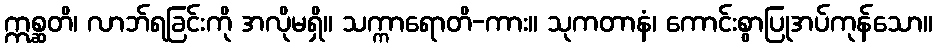
ဣစ္ဆတိ၊ လာဘ်ရခြင်းကို အလိုမရှိ။ သက္ကာရောတိ-ကား။ သုကတာနံ၊ ကောင်းစွာပြုအပ်ကုန်သော။